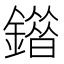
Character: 䥘